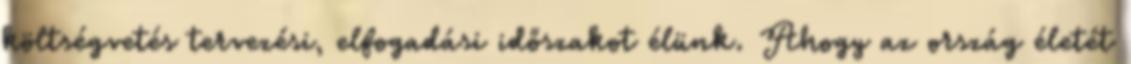
költségvetés tervezési, elfogadási időszakot élünk. Ahogy az ország életét